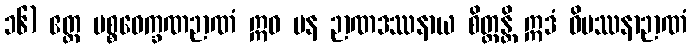
၁၆) ဧတ္ထ ပစ္စဝေက္ခဏဉာဏံ ဣဓ ပန ဉာဏဒဿနာယ စိတ္တန္တိ ဣဒံ ဝိပဿနာဉာဏံ